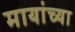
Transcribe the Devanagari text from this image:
मायांच्या